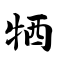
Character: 牺